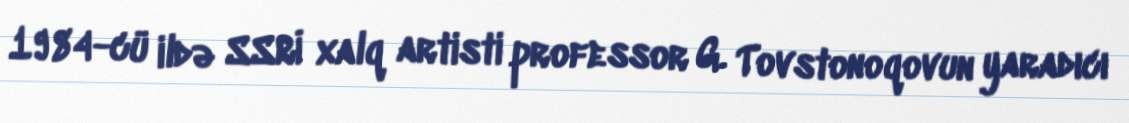
1984-cü ildə SSRİ xalq artisti professor G. Tovstonoqovun yaradıcı